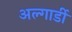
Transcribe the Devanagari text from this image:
अल्गार्डी